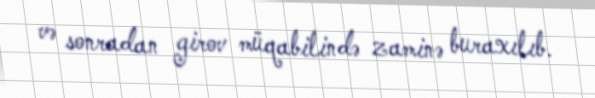
və sonradan girov müqabilində zaminə buraxılıb.